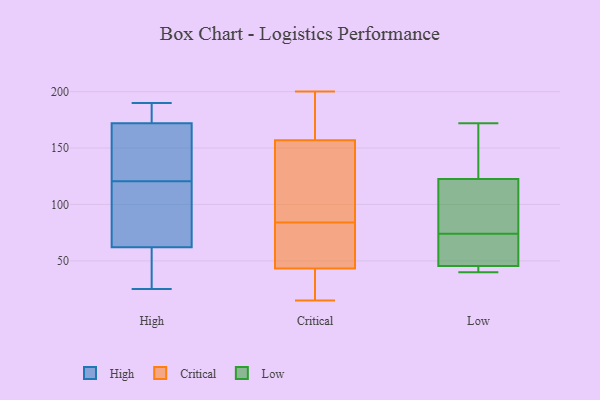
{"axis": {"x": "Temperature (°C)", "y": "Value"}, "legend": ["Critical", "High", "Low"], "data": [{"x": "", "y": 25, "type": "High"}, {"x": "", "y": 127, "type": "High"}, {"x": "", "y": 62, "type": "High"}, {"x": "", "y": 150, "type": "High"}, {"x": "", "y": 114, "type": "High"}, {"x": "", "y": 57, "type": "High"}, {"x": "", "y": 36, "type": "High"}, {"x": "", "y": 181, "type": "High"}, {"x": "", "y": 190, "type": "High"}, {"x": "", "y": 86, "type": "High"}, {"x": "", "y": 80, "type": "High"}, {"x": "", "y": 169, "type": "High"}, {"x": "", "y": 172, "type": "High"}, {"x": "", "y": 172, "type": "High"}, {"x": "", "y": 44, "type": "Critical"}, {"x": "", "y": 84, "type": "Critical"}, {"x": "", "y": 107, "type": "Critical"}, {"x": "", "y": 82, "type": "Critical"}, {"x": "", "y": 167, "type": "Critical"}, {"x": "", "y": 55, "type": "Critical"}, {"x": "", "y": 186, "type": "Critical"}, {"x": "", "y": 34, "type": "Critical"}, {"x": "", "y": 43, "type": "Critical"}, {"x": "", "y": 200, "type": "Critical"}, {"x": "", "y": 99, "type": "Critical"}, {"x": "", "y": 170, "type": "Critical"}, {"x": "", "y": 127, "type": "Critical"}, {"x": "", "y": 33, "type": "Critical"}, {"x": "", "y": 119, "type": "Critical"}, {"x": "", "y": 21, "type": "Critical"}, {"x": "", "y": 196, "type": "Critical"}, {"x": "", "y": 74, "type": "Critical"}, {"x": "", "y": 15, "type": "Critical"}, {"x": "", "y": 126, "type": "Low"}, {"x": "", "y": 47, "type": "Low"}, {"x": "", "y": 123, "type": "Low"}, {"x": "", "y": 121, "type": "Low"}, {"x": "", "y": 40, "type": "Low"}, {"x": "", "y": 172, "type": "Low"}, {"x": "", "y": 49, "type": "Low"}, {"x": "", "y": 44, "type": "Low"}, {"x": "", "y": 121, "type": "Low"}, {"x": "", "y": 74, "type": "Low"}, {"x": "", "y": 45, "type": "Low"}]}